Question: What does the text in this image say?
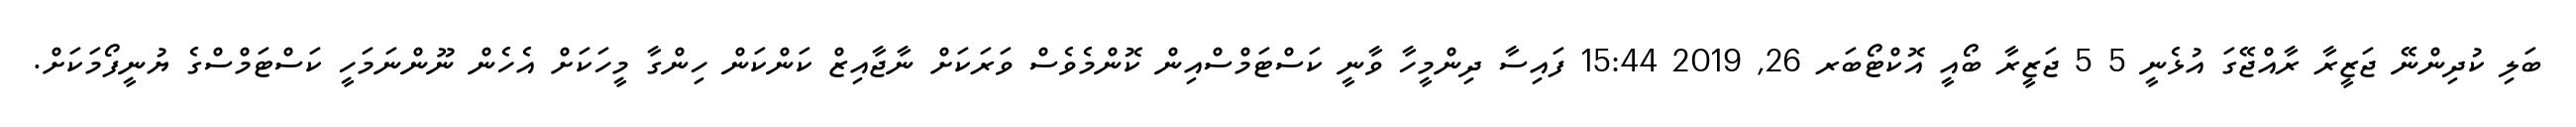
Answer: ބަލި ކުދިންނޭ ޖަޒީރާ ރާއްޖޭގަ އުޅެނީ 5 5 ޖަޒީރާ ބޯއީ އޮކްޓޯބަރ 26, 2019 15:44 ފައިސާ ދިންމީހާ ވާނީ ކަސްޓަމްސްއިން ކޮންމެވެސް ވަރަކަށް ނާޖާއިޒް ކަންކަން ހިންގާ މީހަކަށް އެހެން ނޫންނަމަހީ ކަސްޓަމްސްގެ ޔުނީފޯމަކަށް.